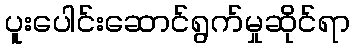
ပူးပေါင်းဆောင်ရွက်မှုဆိုင်ရာ